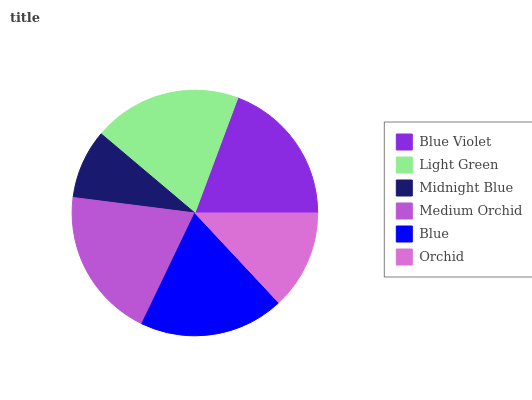
| Blue Violet | Light Green | Midnight Blue | Medium Orchid | Blue | Orchid |
 | --- | --- | --- | --- | --- | --- |
 | 19.3% | 19.6% | 9.15% | 19.9% | 19.1% | 13% |